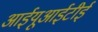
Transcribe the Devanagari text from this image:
आईयूआईटीई